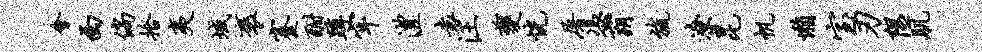
会西倘拾夷域褒蹇酣蹲牢澧袁汪夔恍屠凭霸旒潦昆帆懒室刃隰肌